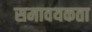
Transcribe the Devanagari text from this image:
समावयकता